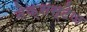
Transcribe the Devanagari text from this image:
नेक्सस्टेज